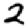
Digit: 2